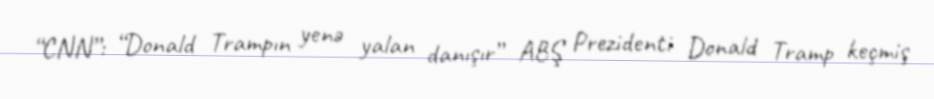
“CNN”: “Donald Trampın yenə yalan danışır” ABŞ Prezidenti Donald Tramp keçmiş